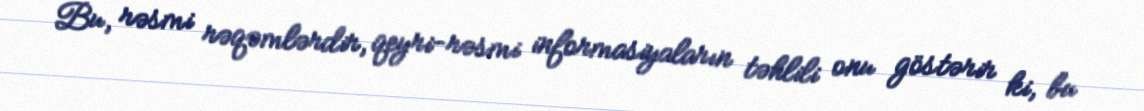
Bu, rəsmi rəqəmlərdir, qeyri-rəsmi informasiyaların təhlili onu göstərir ki, bu